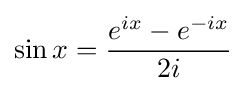
\sin x={\frac {e^{ix}-e^{-ix}}{2i}}